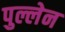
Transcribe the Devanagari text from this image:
पुल्लेन